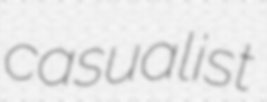
casualist